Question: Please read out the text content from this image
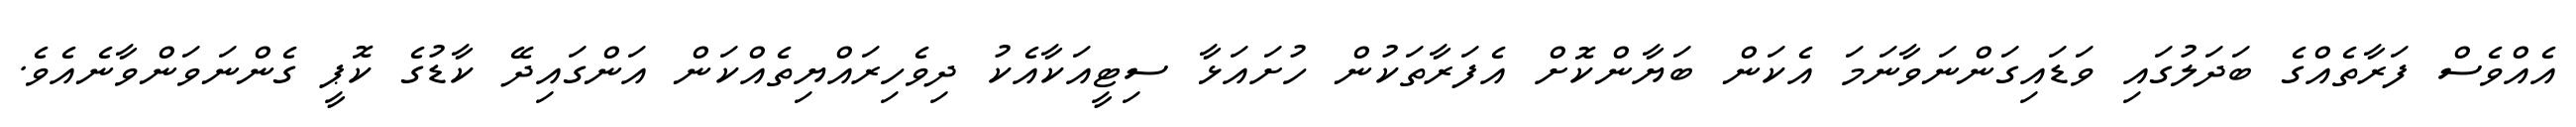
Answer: އެއްވެސް ފަރާތެއްގެ ބަދަލުގައި ވަޑައިގަންނަވާނަމަ އެކަން ބަޔާންކޮށް އެފަރާތަކުން ހުށައަޅާ ސިޓީއަކާއެކު ދިވެހިރައްޔިތެއްކަން އަންގައިދޭ ކާޑުގެ ކޮޕީ ގެންނަވަންވާނެއެވެ.